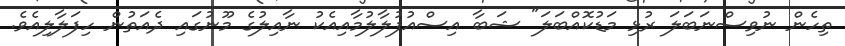
ތިހެން ނުވިސްނަބަލަ ރުޅި މަޑުކޮއްބަލަ" ޝަބާ އިސްއުފުލާލުމާއިއެކު ނާއިލުގެ މޫނުގައި ދެއަތުން ހިފަލާލިއެވެ.